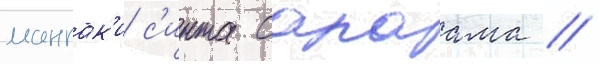
мангак'и с'инта сакаама //